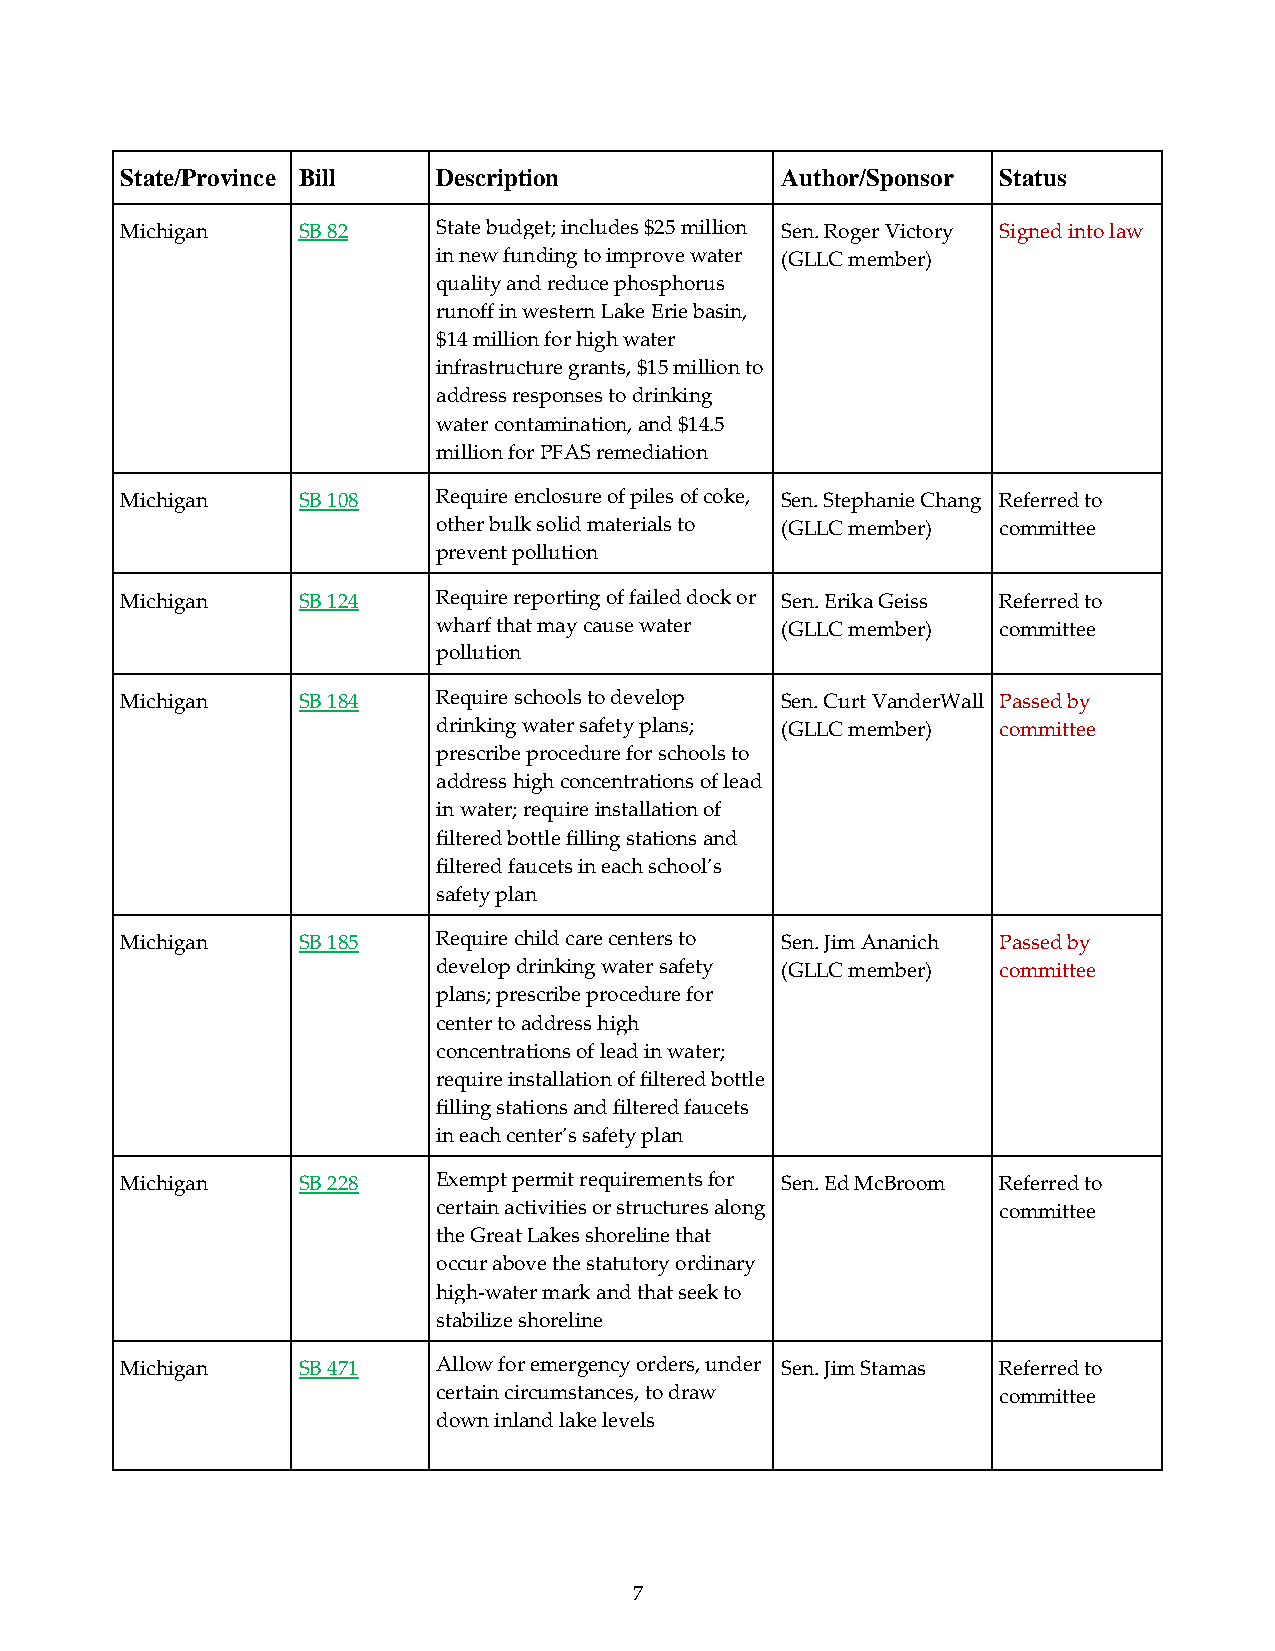
State/Province Bill  Description            Author/Sponsor Status
 Michigan    SB 82    State budget; includes $25 million Sen. Roger Victory Signed into law
 in new funding to improve water (GLLC member)
 quality and reduce phosphorus
 runoff in western Lake Erie basin,
 $14 million for high water
 infrastructure grants, $15 million to
 address responses to drinking
 water contamination, and $14.5
 million for PFAS remediation
 Michigan    SB 108   Require enclosure of piles of coke, Sen. Stephanie Chang Referred to
 other bulk solid materials to (GLLC member) committee
 prevent pollution
 Michigan    SB 124   Require reporting of failed dock or Sen. Erika Geiss Referred to
 wharf that may cause water (GLLC member) committee
 pollution
 Michigan    SB 184   Require schools to develop Sen. Curt VanderWall Passed by
 drinking water safety plans; (GLLC member) committee
 prescribe procedure for schools to
 address high concentrations of lead
 in water; require installation of
 filtered bottle filling stations and
 filtered faucets in each school’s
 safety plan
 Michigan    SB 185   Require child care centers to Sen. Jim Ananich Passed by
 develop drinking water safety (GLLC member) committee
 plans; prescribe procedure for
 center to address high
 concentrations of lead in water;
 require installation of filtered bottle
 filling stations and filtered faucets
 in each center’s safety plan
 Michigan    SB 228   Exempt permit requirements for Sen. Ed McBroom Referred to
 certain activities or structures along committee
 the Great Lakes shoreline that
 occur above the statutory ordinary
 high-water mark and that seek to
 stabilize shoreline
 Michigan    SB 471   Allow for emergency orders, under Sen. Jim Stamas Referred to
 certain circumstances, to draw       committee
 down inland lake levels
 7